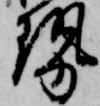
勢